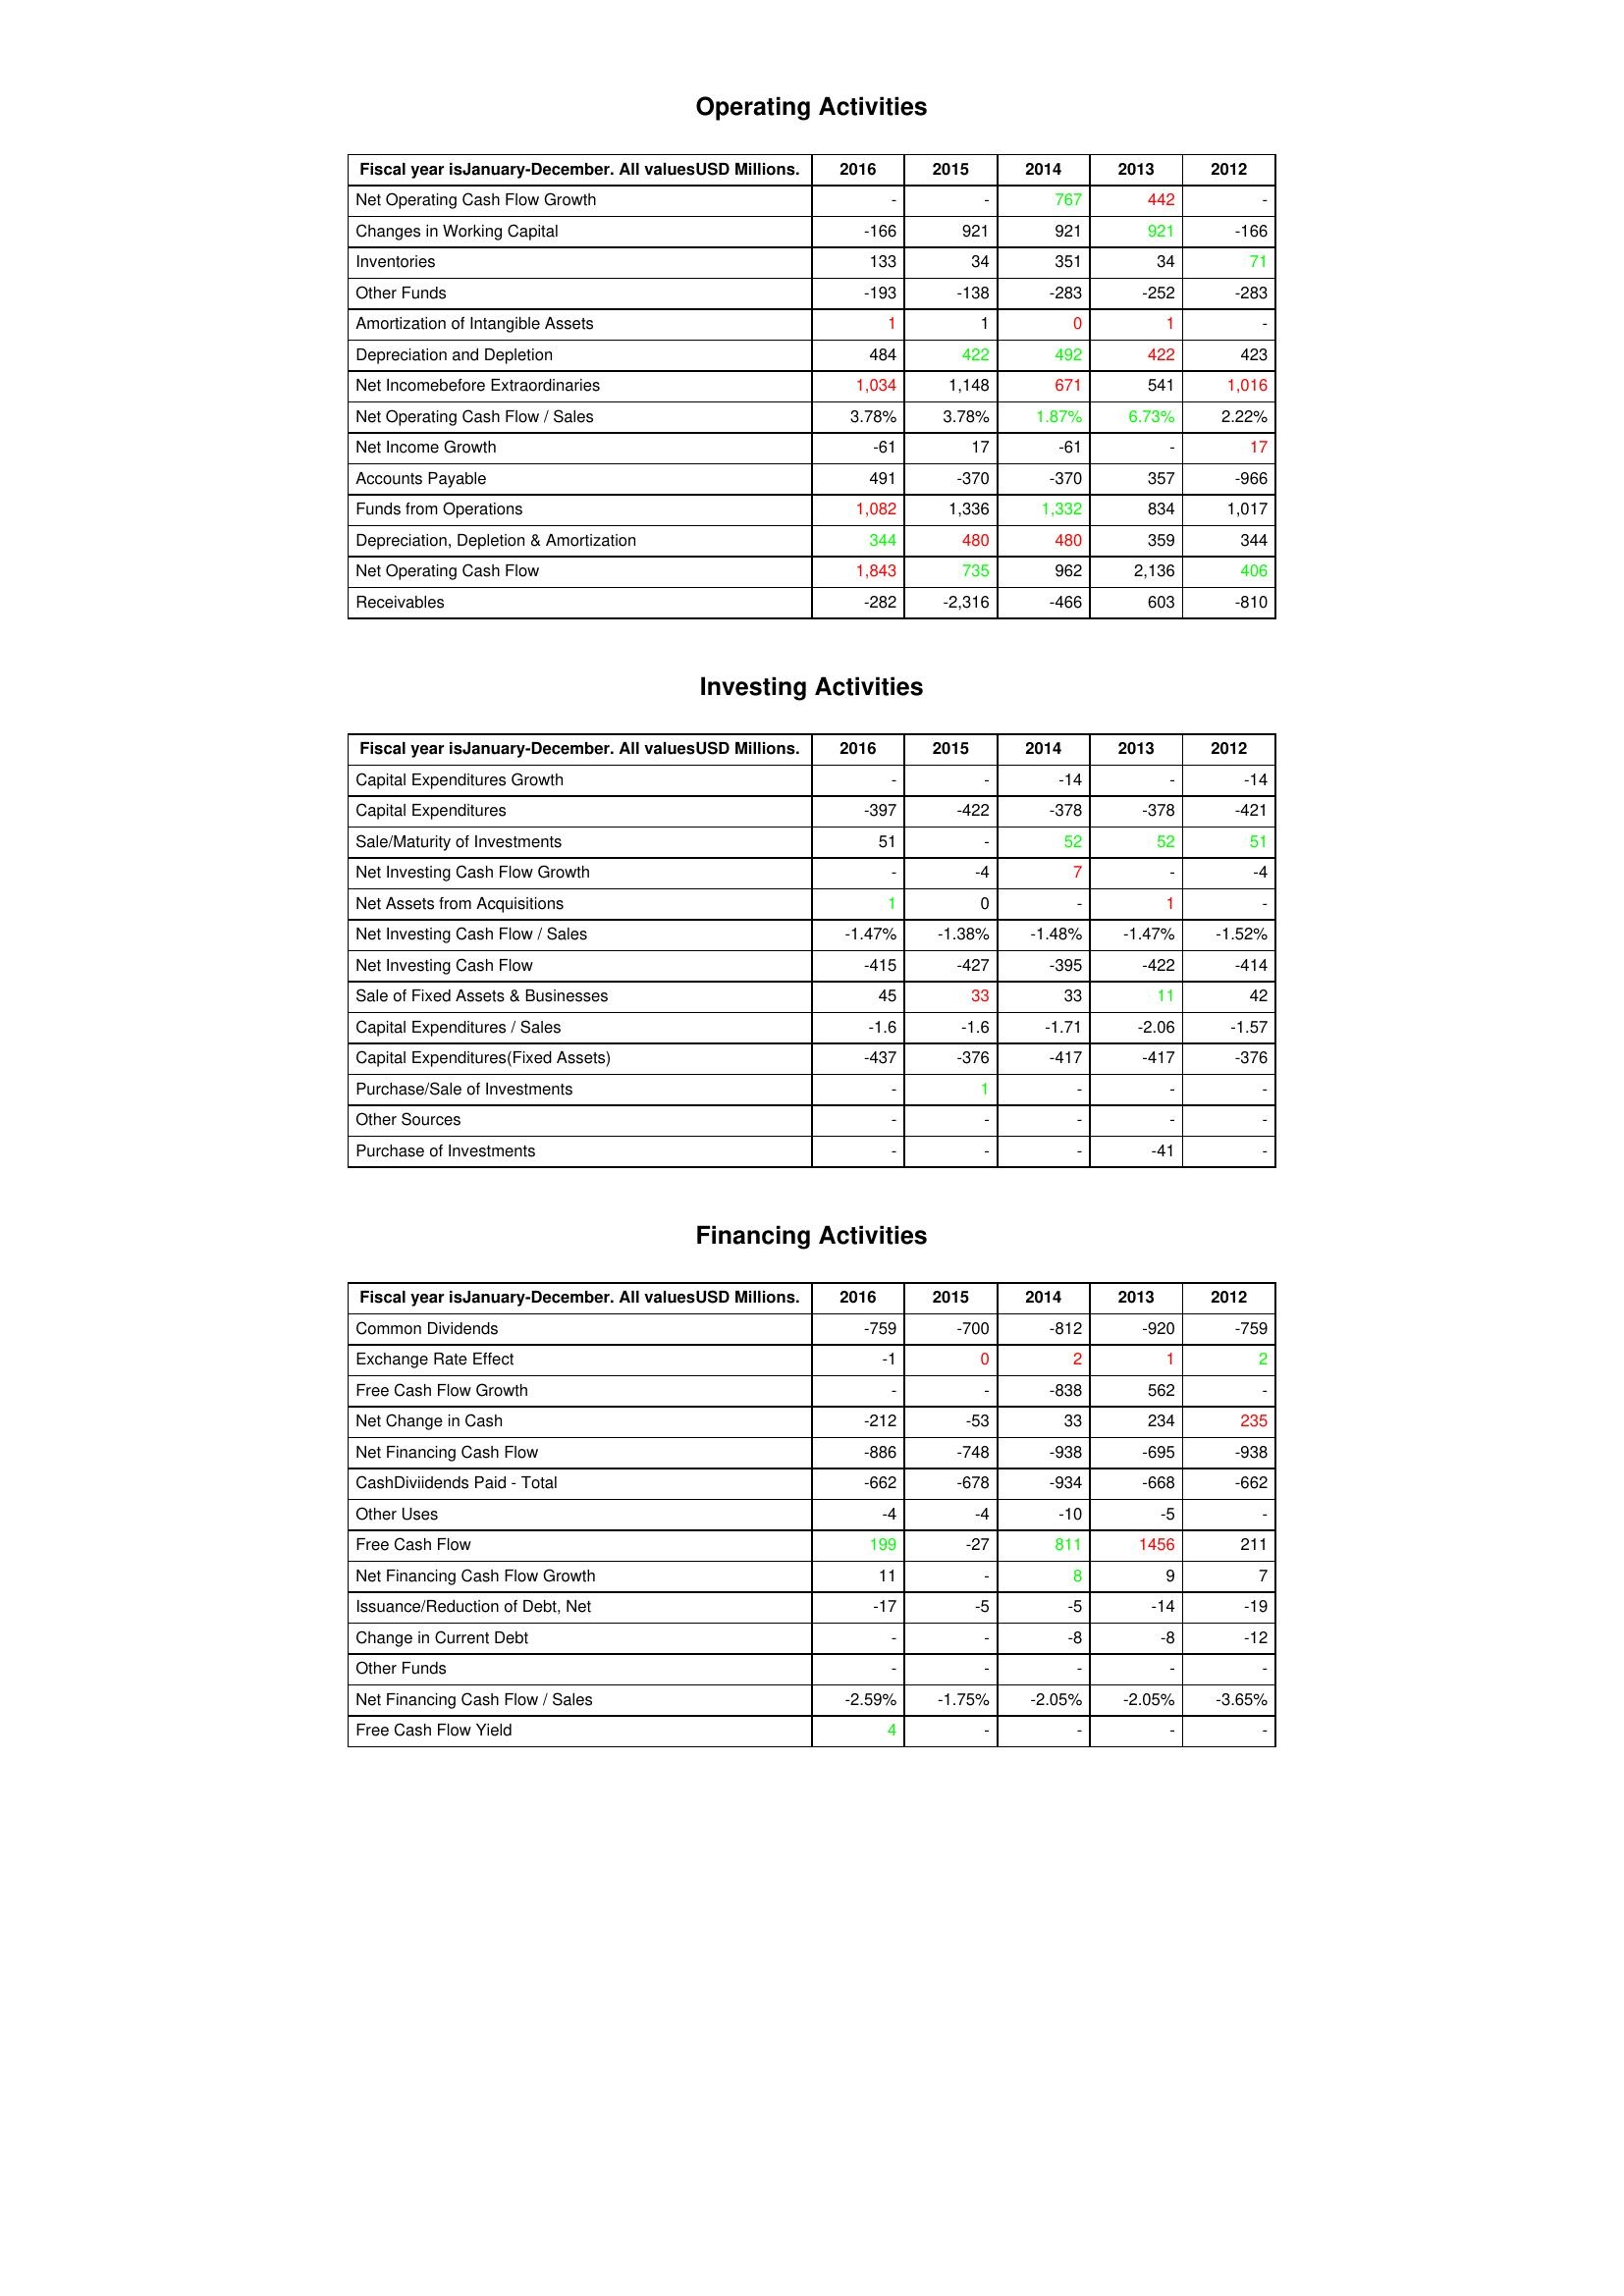
gt_parse: 2016: Operating Activities: Net Operating Cash Flow Growth: -
Changes in Working Capital: -166
Inventories: 133
Other Funds: -193
Amortization of Intangible Assets: 1
Depreciation and Depletion: 484
Net Incomebefore Extraordinaries: 1,034
Net Operating Cash Flow / Sales: 3.78%
Net Income Growth: -61
Accounts Payable: 491
Funds from Operations: 1,082
Depreciation, Depletion & Amortization: 344
Net Operating Cash Flow: 1,843
Receivables: -282
Investing Activities: Capital Expenditures Growth: -
Capital Expenditures: -397
Sale/Maturity of Investments: 51
Net Investing Cash Flow Growth: -
Net Assets from Acquisitions: 1
Net Investing Cash Flow / Sales: -1.47%
Net Investing Cash Flow: -415
Sale of Fixed Assets & Businesses: 45
Capital Expenditures / Sales: -1.6
Capital Expenditures(Fixed Assets): -437
Purchase/Sale of Investments: -
Other Sources: -
Purchase of Investments: -
Financing Activities: Common Dividends: -759
Exchange Rate Effect: -1
Free Cash Flow Growth: -
Net Change in Cash: -212
Net Financing Cash Flow: -886
CashDiviidends Paid - Total: -662
Other Uses: -4
Free Cash Flow: 199
Net Financing Cash Flow Growth: 11
Issuance/Reduction of Debt, Net: -17
Change in Current Debt: -
Other Funds: -
Net Financing Cash Flow / Sales: -2.59%
Free Cash Flow Yield: 4
2015: Operating Activities: Net Operating Cash Flow Growth: -
Changes in Working Capital: 921
Inventories: 34
Other Funds: -138
Amortization of Intangible Assets: 1
Depreciation and Depletion: 422
Net Incomebefore Extraordinaries: 1,148
Net Operating Cash Flow / Sales: 3.78%
Net Income Growth: 17
Accounts Payable: -370
Funds from Operations: 1,336
Depreciation, Depletion & Amortization: 480
Net Operating Cash Flow: 735
Receivables: -2,316
Investing Activities: Capital Expenditures Growth: -
Capital Expenditures: -422
Sale/Maturity of Investments: -
Net Investing Cash Flow Growth: -4
Net Assets from Acquisitions: 0
Net Investing Cash Flow / Sales: -1.38%
Net Investing Cash Flow: -427
Sale of Fixed Assets & Businesses: 33
Capital Expenditures / Sales: -1.6
Capital Expenditures(Fixed Assets): -376
Purchase/Sale of Investments: 1
Other Sources: -
Purchase of Investments: -
Financing Activities: Common Dividends: -700
Exchange Rate Effect: 0
Free Cash Flow Growth: -
Net Change in Cash: -53
Net Financing Cash Flow: -748
CashDiviidends Paid - Total: -678
Other Uses: -4
Free Cash Flow: -27
Net Financing Cash Flow Growth: -
Issuance/Reduction of Debt, Net: -5
Change in Current Debt: -
Other Funds: -
Net Financing Cash Flow / Sales: -1.75%
Free Cash Flow Yield: -
2014: Operating Activities: Net Operating Cash Flow Growth: 767
Changes in Working Capital: 921
Inventories: 351
Other Funds: -283
Amortization of Intangible Assets: 0
Depreciation and Depletion: 492
Net Incomebefore Extraordinaries: 671
Net Operating Cash Flow / Sales: 1.87%
Net Income Growth: -61
Accounts Payable: -370
Funds from Operations: 1,332
Depreciation, Depletion & Amortization: 480
Net Operating Cash Flow: 962
Receivables: -466
Investing Activities: Capital Expenditures Growth: -14
Capital Expenditures: -378
Sale/Maturity of Investments: 52
Net Investing Cash Flow Growth: 7
Net Assets from Acquisitions: -
Net Investing Cash Flow / Sales: -1.48%
Net Investing Cash Flow: -395
Sale of Fixed Assets & Businesses: 33
Capital Expenditures / Sales: -1.71
Capital Expenditures(Fixed Assets): -417
Purchase/Sale of Investments: -
Other Sources: -
Purchase of Investments: -
Financing Activities: Common Dividends: -812
Exchange Rate Effect: 2
Free Cash Flow Growth: -838
Net Change in Cash: 33
Net Financing Cash Flow: -938
CashDiviidends Paid - Total: -934
Other Uses: -10
Free Cash Flow: 811
Net Financing Cash Flow Growth: 8
Issuance/Reduction of Debt, Net: -5
Change in Current Debt: -8
Other Funds: -
Net Financing Cash Flow / Sales: -2.05%
Free Cash Flow Yield: -
2013: Operating Activities: Net Operating Cash Flow Growth: 442
Changes in Working Capital: 921
Inventories: 34
Other Funds: -252
Amortization of Intangible Assets: 1
Depreciation and Depletion: 422
Net Incomebefore Extraordinaries: 541
Net Operating Cash Flow / Sales: 6.73%
Net Income Growth: -
Accounts Payable: 357
Funds from Operations: 834
Depreciation, Depletion & Amortization: 359
Net Operating Cash Flow: 2,136
Receivables: 603
Investing Activities: Capital Expenditures Growth: -
Capital Expenditures: -378
Sale/Maturity of Investments: 52
Net Investing Cash Flow Growth: -
Net Assets from Acquisitions: 1
Net Investing Cash Flow / Sales: -1.47%
Net Investing Cash Flow: -422
Sale of Fixed Assets & Businesses: 11
Capital Expenditures / Sales: -2.06
Capital Expenditures(Fixed Assets): -417
Purchase/Sale of Investments: -
Other Sources: -
Purchase of Investments: -41
Financing Activities: Common Dividends: -920
Exchange Rate Effect: 1
Free Cash Flow Growth: 562
Net Change in Cash: 234
Net Financing Cash Flow: -695
CashDiviidends Paid - Total: -668
Other Uses: -5
Free Cash Flow: 1456
Net Financing Cash Flow Growth: 9
Issuance/Reduction of Debt, Net: -14
Change in Current Debt: -8
Other Funds: -
Net Financing Cash Flow / Sales: -2.05%
Free Cash Flow Yield: -
2012: Operating Activities: Net Operating Cash Flow Growth: -
Changes in Working Capital: -166
Inventories: 71
Other Funds: -283
Amortization of Intangible Assets: -
Depreciation and Depletion: 423
Net Incomebefore Extraordinaries: 1,016
Net Operating Cash Flow / Sales: 2.22%
Net Income Growth: 17
Accounts Payable: -966
Funds from Operations: 1,017
Depreciation, Depletion & Amortization: 344
Net Operating Cash Flow: 406
Receivables: -810
Investing Activities: Capital Expenditures Growth: -14
Capital Expenditures: -421
Sale/Maturity of Investments: 51
Net Investing Cash Flow Growth: -4
Net Assets from Acquisitions: -
Net Investing Cash Flow / Sales: -1.52%
Net Investing Cash Flow: -414
Sale of Fixed Assets & Businesses: 42
Capital Expenditures / Sales: -1.57
Capital Expenditures(Fixed Assets): -376
Purchase/Sale of Investments: -
Other Sources: -
Purchase of Investments: -
Financing Activities: Common Dividends: -759
Exchange Rate Effect: 2
Free Cash Flow Growth: -
Net Change in Cash: 235
Net Financing Cash Flow: -938
CashDiviidends Paid - Total: -662
Other Uses: -
Free Cash Flow: 211
Net Financing Cash Flow Growth: 7
Issuance/Reduction of Debt, Net: -19
Change in Current Debt: -12
Other Funds: -
Net Financing Cash Flow / Sales: -3.65%
Free Cash Flow Yield: -